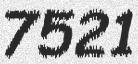
7521